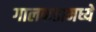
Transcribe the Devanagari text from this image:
गालफडामध्ये